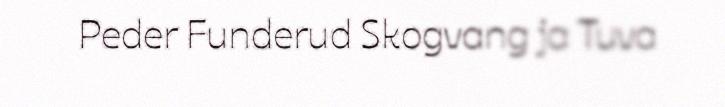
Peder Funderud Skogvang ja Tuva